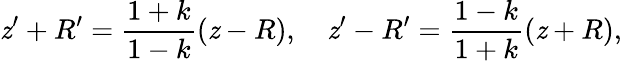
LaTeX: \mathit{z}^{\prime}+R^{\prime}={\frac{{1+k}}{{1-k}}}(\mathit{z}-R),\quad\mathit{z}^{\prime}-R^{\prime}={\frac{{1-k}}{{1+k}}}(\mathit{z}+R),